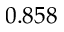
0 . 8 5 8